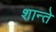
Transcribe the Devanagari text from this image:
शान्ते